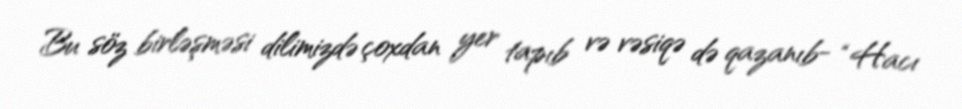
Bu söz birləşməsi dilimizdə çoxdan yer tapıb və vəsiqə də qazanıb- “Hacı